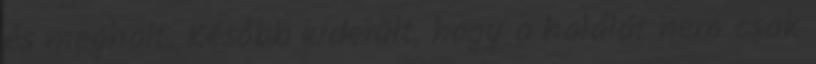
és meghalt. Később kiderült, hogy a halálát nem csak